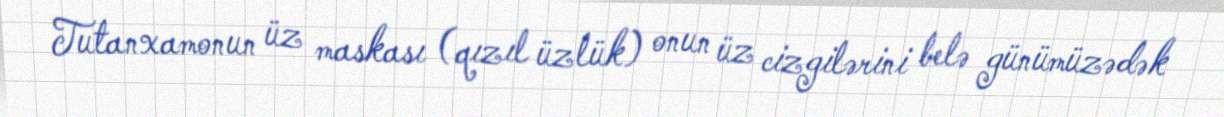
Tutanxamonun üz maskası (qızıl üzlük) onun üz cizgilərini belə günümüzədək